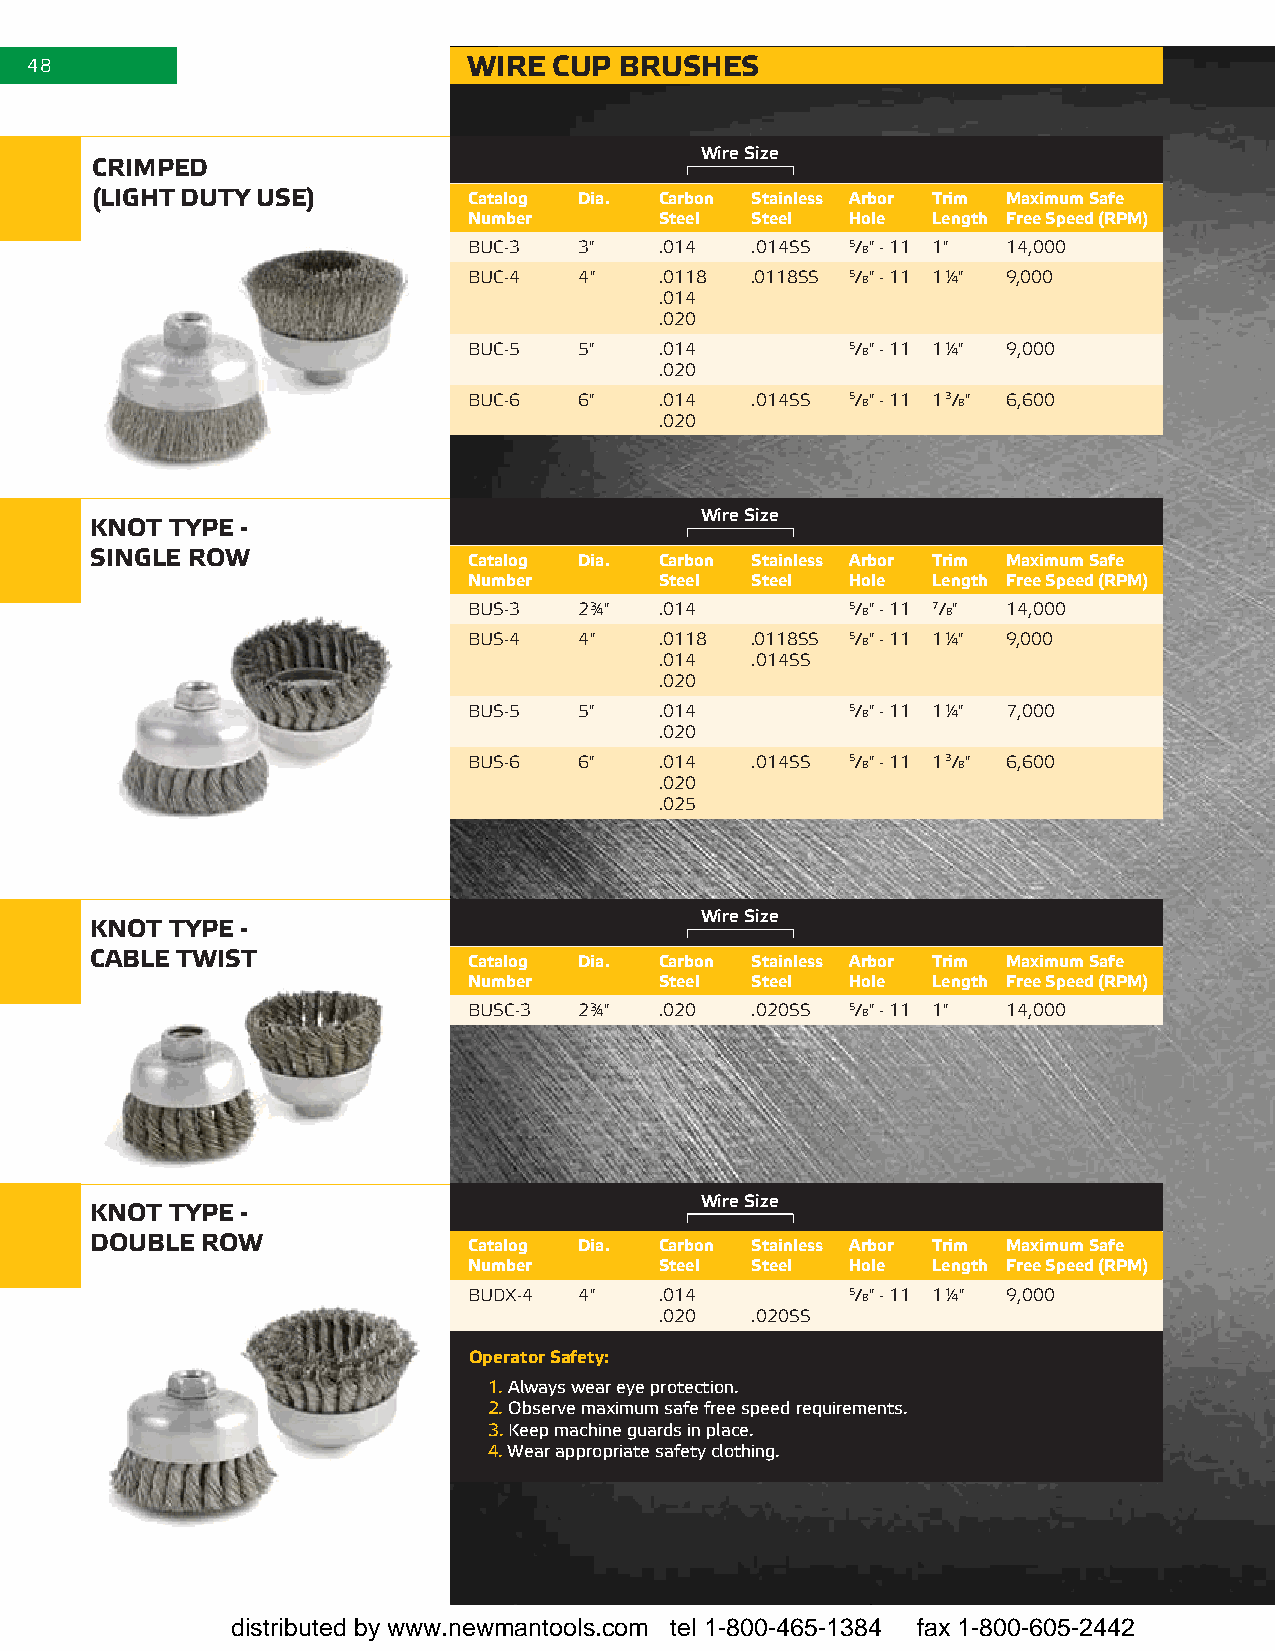
48                           WIRe  cuP bRusHes
 Wire Size
 cRIMPed
 (lIGHt dutY use)         catalog dia. carbon stainless arbor trim Maximum safe
 number       steel steel Hole  length free speed (RPM)
 Buc-3  3"    .014  .014ss 5/8" - 11 1" 14,000
 Buc-4  4"    .0118 .0118ss 5/8" - 11 1¼" 9,000
 .014
 .020
 Buc-5  5"    .014        5/8" - 11 1¼" 9,000
 .020
 Buc-6  6"    .014  .014ss 5/8" - 11 13/8" 6,600
 .020
 Wire Size
 Knot tYPe -
 sInGle RoW               catalog dia. carbon stainless arbor trim Maximum safe
 number       steel steel Hole  length free speed (RPM)
 Bus-3  2¾"   .014        5/8" - 11 7/8" 14,000
 Bus-4  4"    .0118 .0118ss 5/8" - 11 1¼" 9,000
 .014  .014ss
 .020
 Bus-5  5"    .014        5/8" - 11 1¼" 7,000
 .020
 Bus-6  6"    .014  .014ss 5/8" - 11 13/8" 6,600
 .020
 .025
 Wire Size
 Knot tYPe -
 cable tWIst              catalog dia. carbon stainless arbor trim Maximum safe
 number       steel steel Hole  length free speed (RPM)
 Busc-3 2¾"   .020  .020ss 5/8" - 11 1" 14,000
 Wire Size
 Knot tYPe -
 double RoW               catalog dia. carbon stainless arbor trim Maximum safe
 number       steel steel Hole  length free speed (RPM)
 BuDX-4 4"    .014        5/8" - 11 1¼" 9,000
 .020  .020ss
 operator safety:
 1. Always wear eye protection.
 2. Observe maximum safe free speed requirements.
 3. Keep machine guards in place.
 4. Wear appropriate safety clothing.
 distributed by www.newmantools.com tel 1-800-465-1384 fax 1-800-605-2442